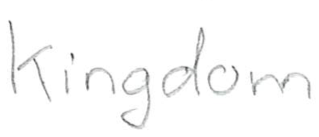
Text: Kingdom
Cross-out: clean
Writing tool: pencil